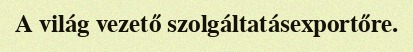
A világ vezető szolgáltatásexportőre.